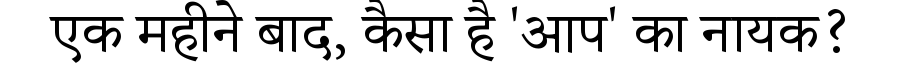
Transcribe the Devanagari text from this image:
एक महीने बाद, कैसा है 'आप' का नायक?